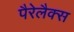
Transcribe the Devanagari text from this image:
पैरेलैक्स